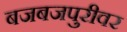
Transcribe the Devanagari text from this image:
बजबजपुरीवर